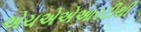
એચએએઆરટીથી